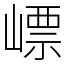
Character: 㟽